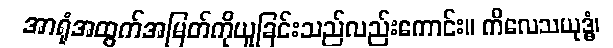
အာရုံအထွက်အမြတ်ကိုယူခြင်းသည်လည်းကောင်း။ ကိလေသယုဒ္ဓံ၊